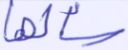
سألها